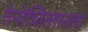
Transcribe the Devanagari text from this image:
तेनोच्तित्लानला